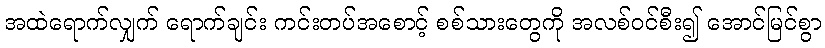
အထဲရောက်လျှက် ရောက်ချင်း ကင်းတပ်အစောင့် စစ်သားတွေကို အလစ်ဝင်စီး၍ အောင်မြင်စွာ